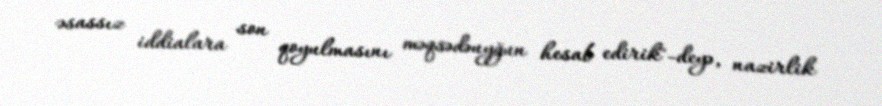
əsassız iddialara son qoyulmasını məqsədəuyğun hesab edirik"-deyə, nazirlik